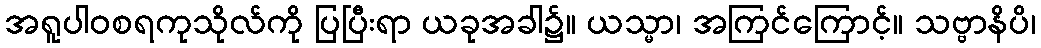
အရူပါဝစရကုသိုလ်ကို ပြပြီးရာ ယခုအခါ၌။ ယသ္မာ၊ အကြင်ကြောင့်။ သဗ္ဗာနိပိ၊